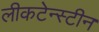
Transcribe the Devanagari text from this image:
लीकटेन्स्टीन